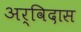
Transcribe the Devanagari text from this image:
अर्विदास